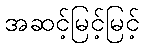
အဆင့်မြင့်မြင့်